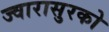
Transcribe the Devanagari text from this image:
ज्वारासुरको